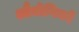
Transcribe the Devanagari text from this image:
औद्योगिकों